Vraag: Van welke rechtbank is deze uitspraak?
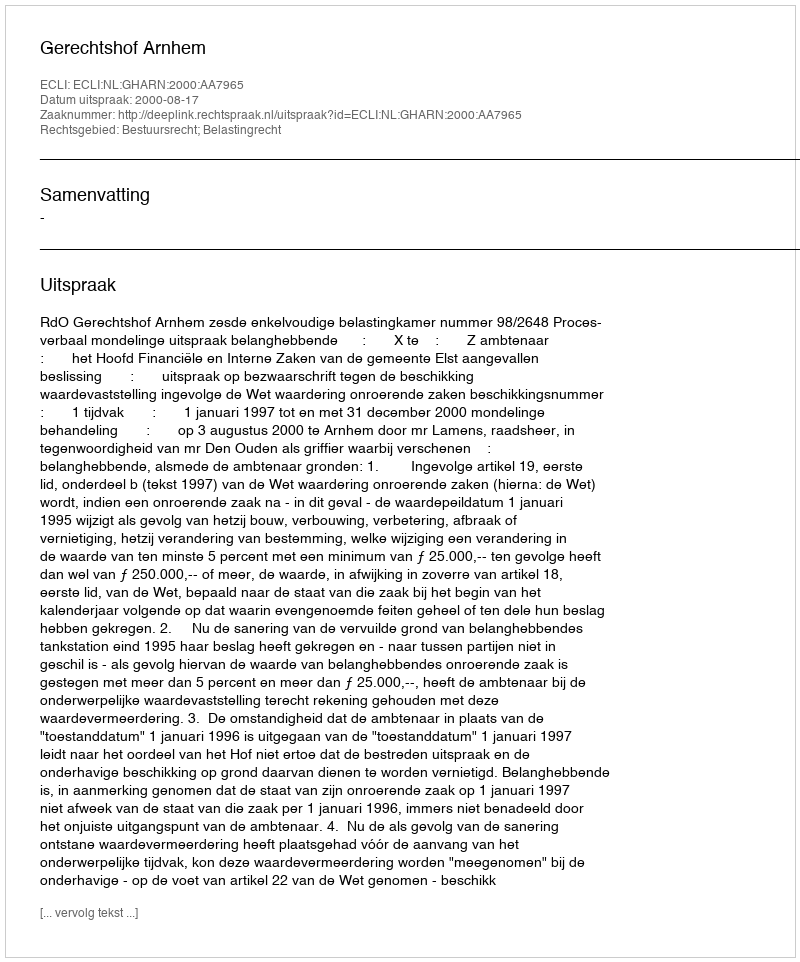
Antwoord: Gerechtshof Arnhem